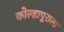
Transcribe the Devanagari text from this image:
कोल्हापूराला